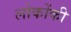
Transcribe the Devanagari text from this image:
लोकोंकी